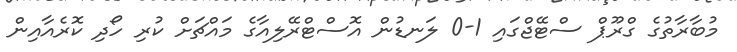
މުބާރާތުގެ ގްރޫޕް ސްޓޭޖްގައި 1-0 ލަނޑުން އޮސްޓްރޭލިއާގެ މައްޗަށް ކުރި ހޯދި ކޮރެއާއިން